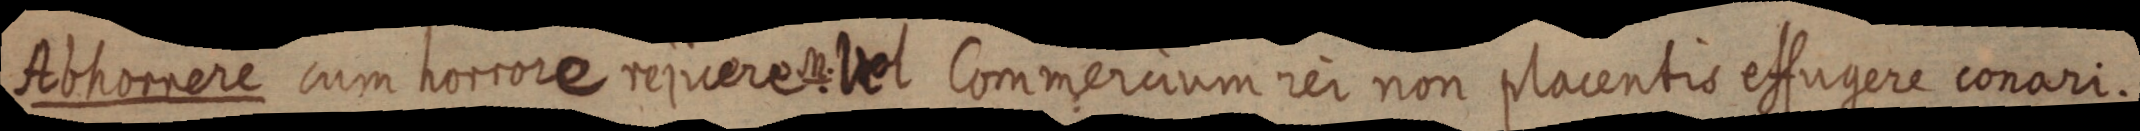
Rohomere cum horcore rejicereeitet commercium rer non placentis effugere conari.